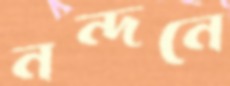
নন্দনে